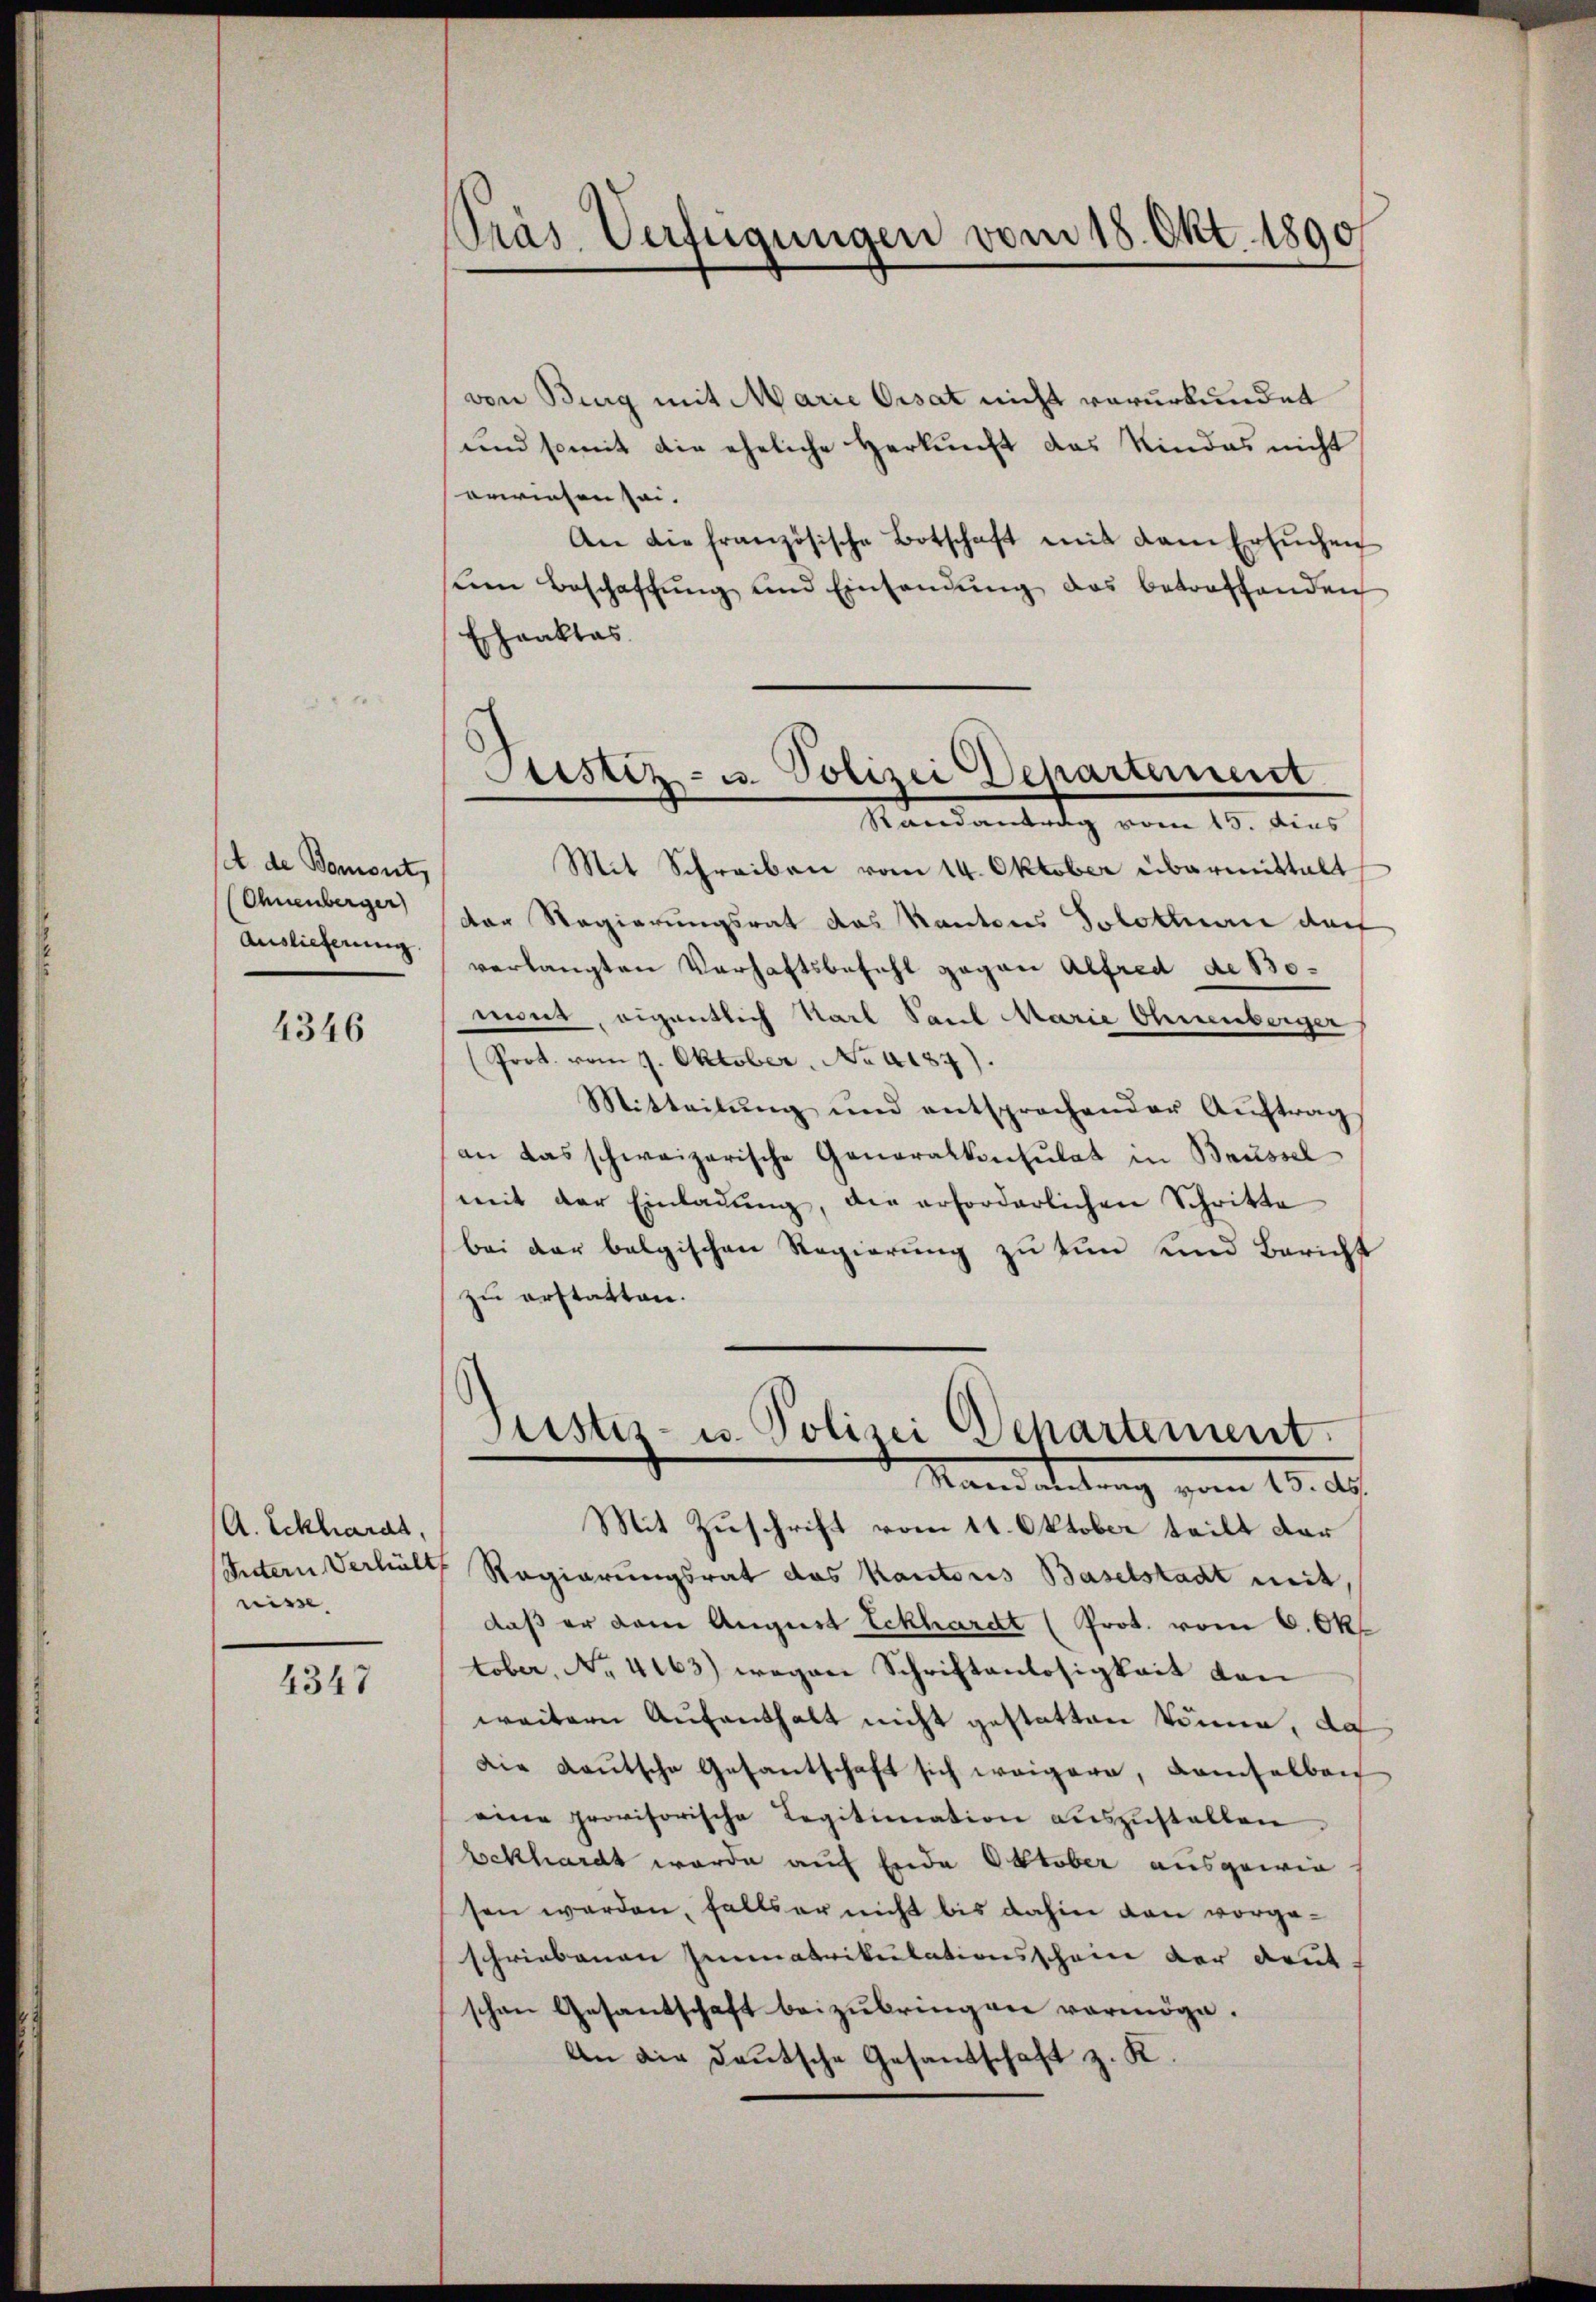
A de Bomont,
Ohnenberger
Auslieferung.

4346

A. Eckhardt,
nisse

4347

Präs. Verfügungen vom 18. Okt. 1890

von Burg mit Marie Ersat nicht verurkundet
und somit die eheliche Herkunft das Kindes nicht
erwiesen sei.
An die französische Botschaft mit dem Ersŭchen
stem Beschaffŭng und Einsandŭng das betroffenden
Echraktas.
Randantrag vom 15. dies
Mit Schreiben vom 14. Oktober übermittalt
der Regierungsrat das Kantons Solothurer darf
verlangten Verhaftsbefehl gegen Alfred de 130.
mont, eigentlich Karl Paul Marie Ohrenberger
(Prot. vom 9. Oktober, No 4187).
Mitteilŭng und entsprochender Aŭftrag
an das schweizerische Generalkonsulat in Brüssel
mit der Einladŭng, die erforderlichen Schritte
bei der belgischen Regierung zu tun und Bericht
zu erstatten.

Justiz- u. Polizei Departement

Justiz- u. Polizei Departement.
Mandattung vom 10. d.

Mit Zuschrift vom 11. Oktober teilt dar
Stern Verhält Regierungsrat das Kantons Baselstadt weit,
daß er dem August Eckhardt (Prot. vom 6. Okt
tober, No 4163) wegen Schriftanlosigkeit dan
weitern Aufenthalt nicht gestatten könne, da
Die Baŭtsche Gesantschaft sich weigere, damselben
eine provisorische Legitimation aŭszŭstalten.
bekhardt werde auf Ende Oktober ausgewies
sen werden, falls er nicht bis dahin den vorgeschriebenen Immatrikulationsschein der deut-
schen Gesantschaft beizubringen vermöge.
An die deutsche Gesandschaft z. K.